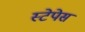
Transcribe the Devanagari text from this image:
स्टेपेस